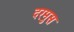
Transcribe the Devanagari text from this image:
दरमुस